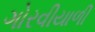
ગોરવીયાળી